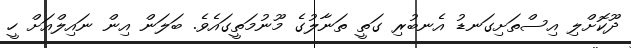
ދޫކޮށްލި އިސްތަށިގަނޑު އެނބުރި ގަތީ ތަނާލުގެ މޫނުމަތީގައެވެ. ބަލަން އިން ނައިލްއަށް ހީ